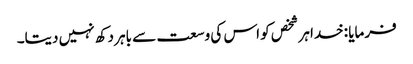
فرمایا :خدا ہر شخص کو اس کی وسعت سے باہر دکھ نہیں دیتا۔